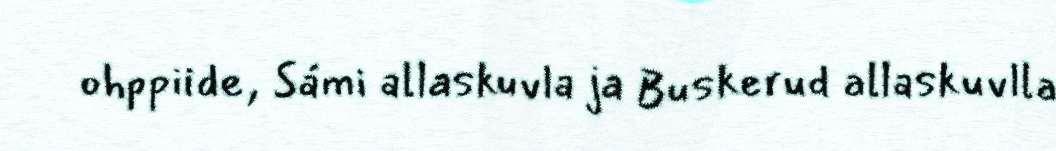
ohppiide, Sámi allaskuvla ja Buskerud allaskuvlla